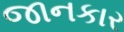
જાનકાર